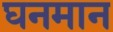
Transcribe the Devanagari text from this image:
घनमान